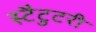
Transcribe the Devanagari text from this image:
स्टैटुटरी